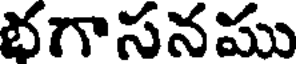
భగాసనము